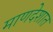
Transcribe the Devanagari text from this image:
माणदेशात